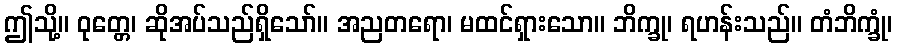
ဤသို့။ ဝုတ္တေ၊ ဆိုအပ်သည်ရှိသော်။ အညတရော၊ မထင်ရှားသော။ ဘိက္ခု၊ ရဟန်းသည်။ တံဘိက္ခုံ၊